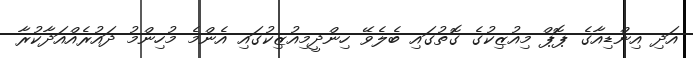
އަދި އިންޑިއާގެ ޕޮޕް މިއުޒިކުގެ ގޮތުގައި ބެލެވޭ ހިންދީމިއުޒިކުގައި އެންމެ މުހިންމު ދައުރެއްއަދާކުރާ